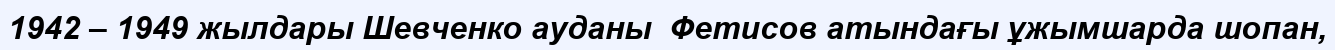
1942 – 1949 жылдары Шевченко ауданы  Фетисов атындағы ұжымшарда шопан,